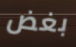
بغض